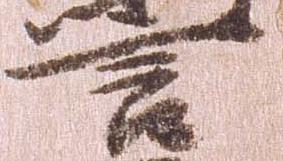
言